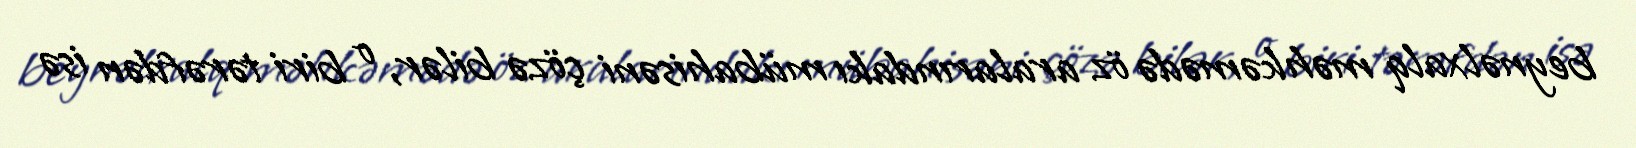
beynəlxalq məhkəmədə öz aralarındakı mübahisəni çözə bilər, o biri tərəfdən isə